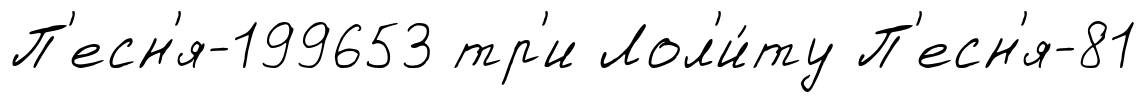
П'есн'я-199653 тр'и Лол'и́ту П'есн'я-81